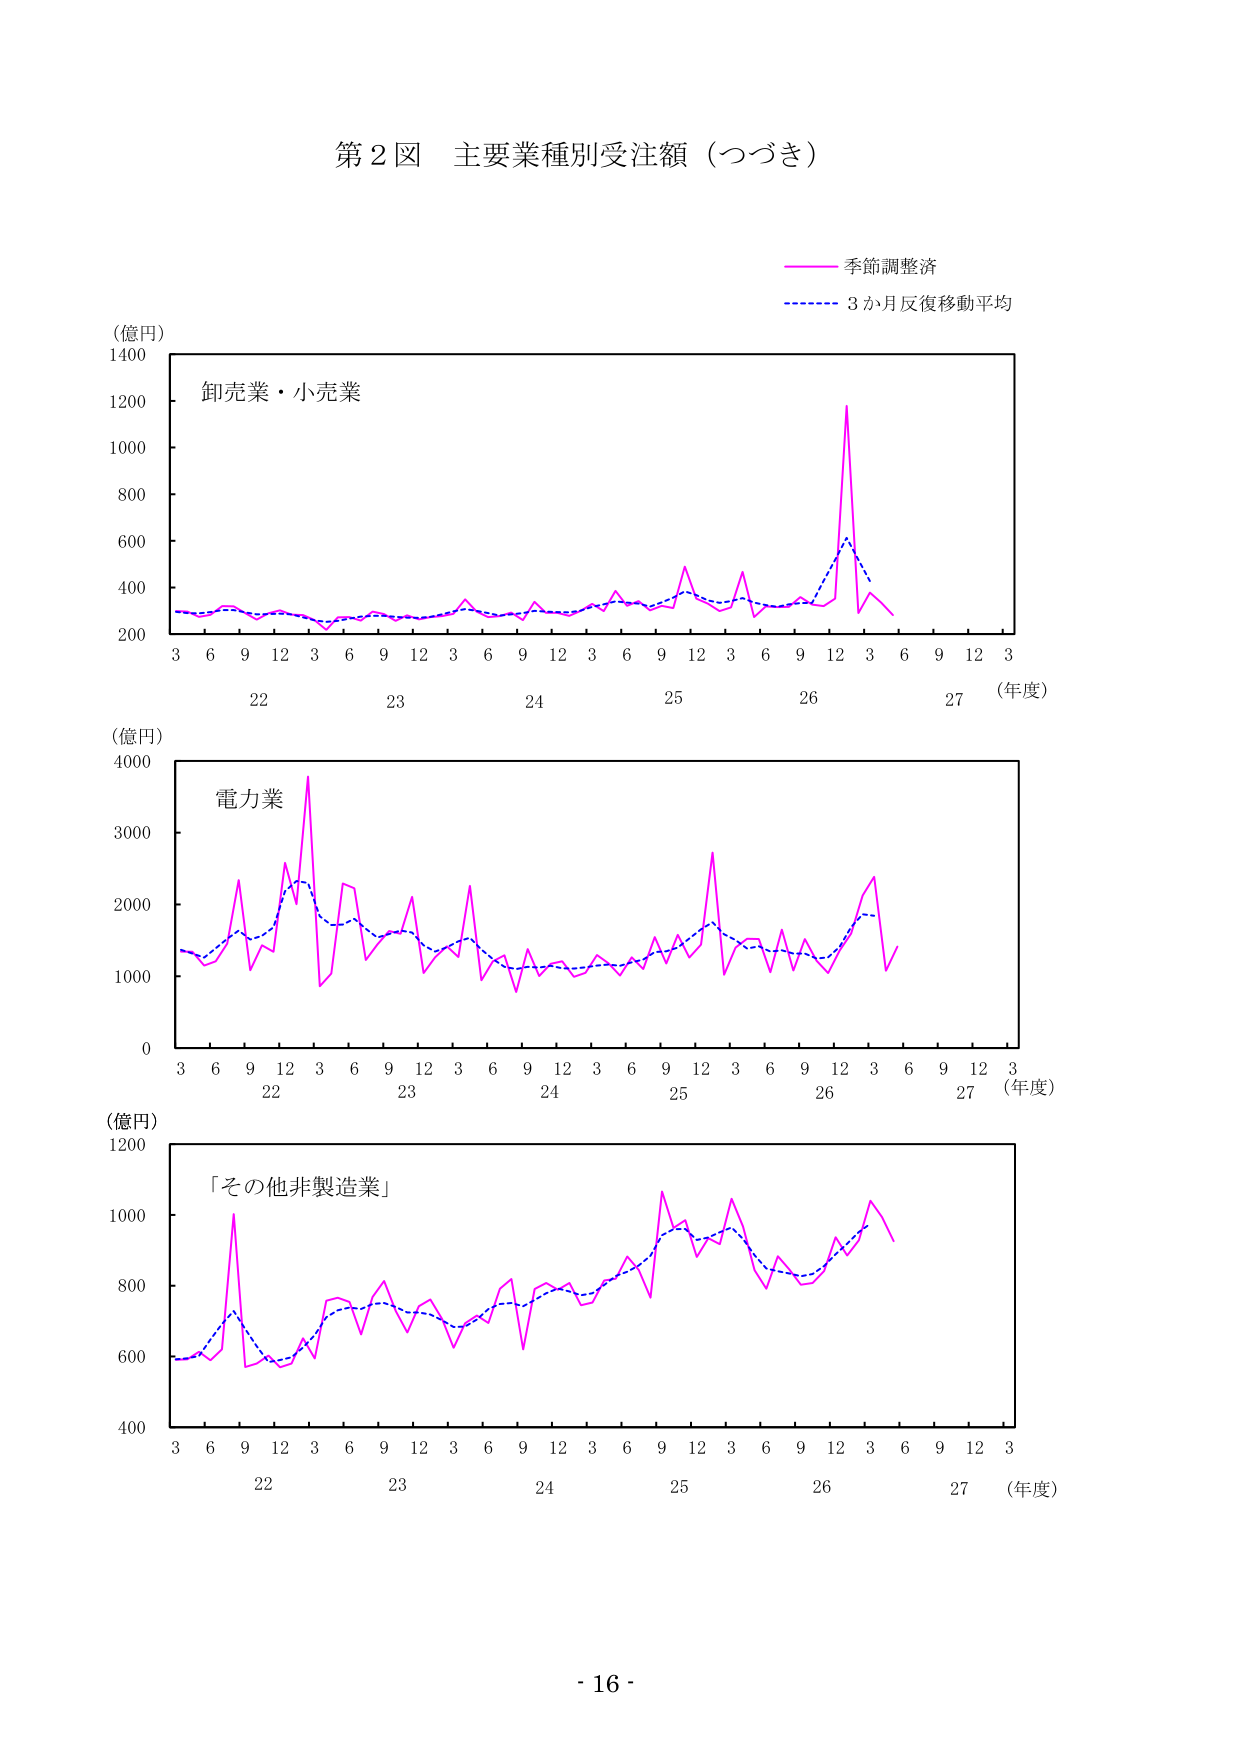
第２図 主要業種別受注額（つづき）

（億円）
1400
1200
1000
800
600
400
200

卸売業・小売業

3 6 9 12 3 6 9 12 3 6 9 12 3 6 9 12 3 6 9 12 3
22 23 24 25 26 27 （年度）

季節調整済
3か月反復移動平均

（億円）
4000
3000
2000
1000
0

電力業

3 6 9 12 3 6 9 12 3 6 9 12 3 6 9 12 3 6 9 12 3
22 23 24 25 26 27 （年度）

（億円）
1200
1000
800
600
400

「その他非製造業」

3 6 9 12 3 6 9 12 3 6 9 12 3 6 9 12 3 6 9 12 3
22 23 24 25 26 27 （年度）

- 16 -